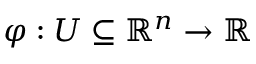
\varphi : U \subseteq \mathbb { R } ^ { n } \to \mathbb { R }